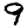
Digit: 9